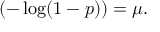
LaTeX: ( - \log ( 1 - p ) ) = \mu .